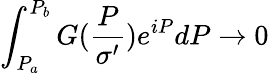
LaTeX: \int_{P_{a}}^{P_{b}}G(\frac{P}{\sigma^{\prime}})e^{iP}dP\rightarrow 0